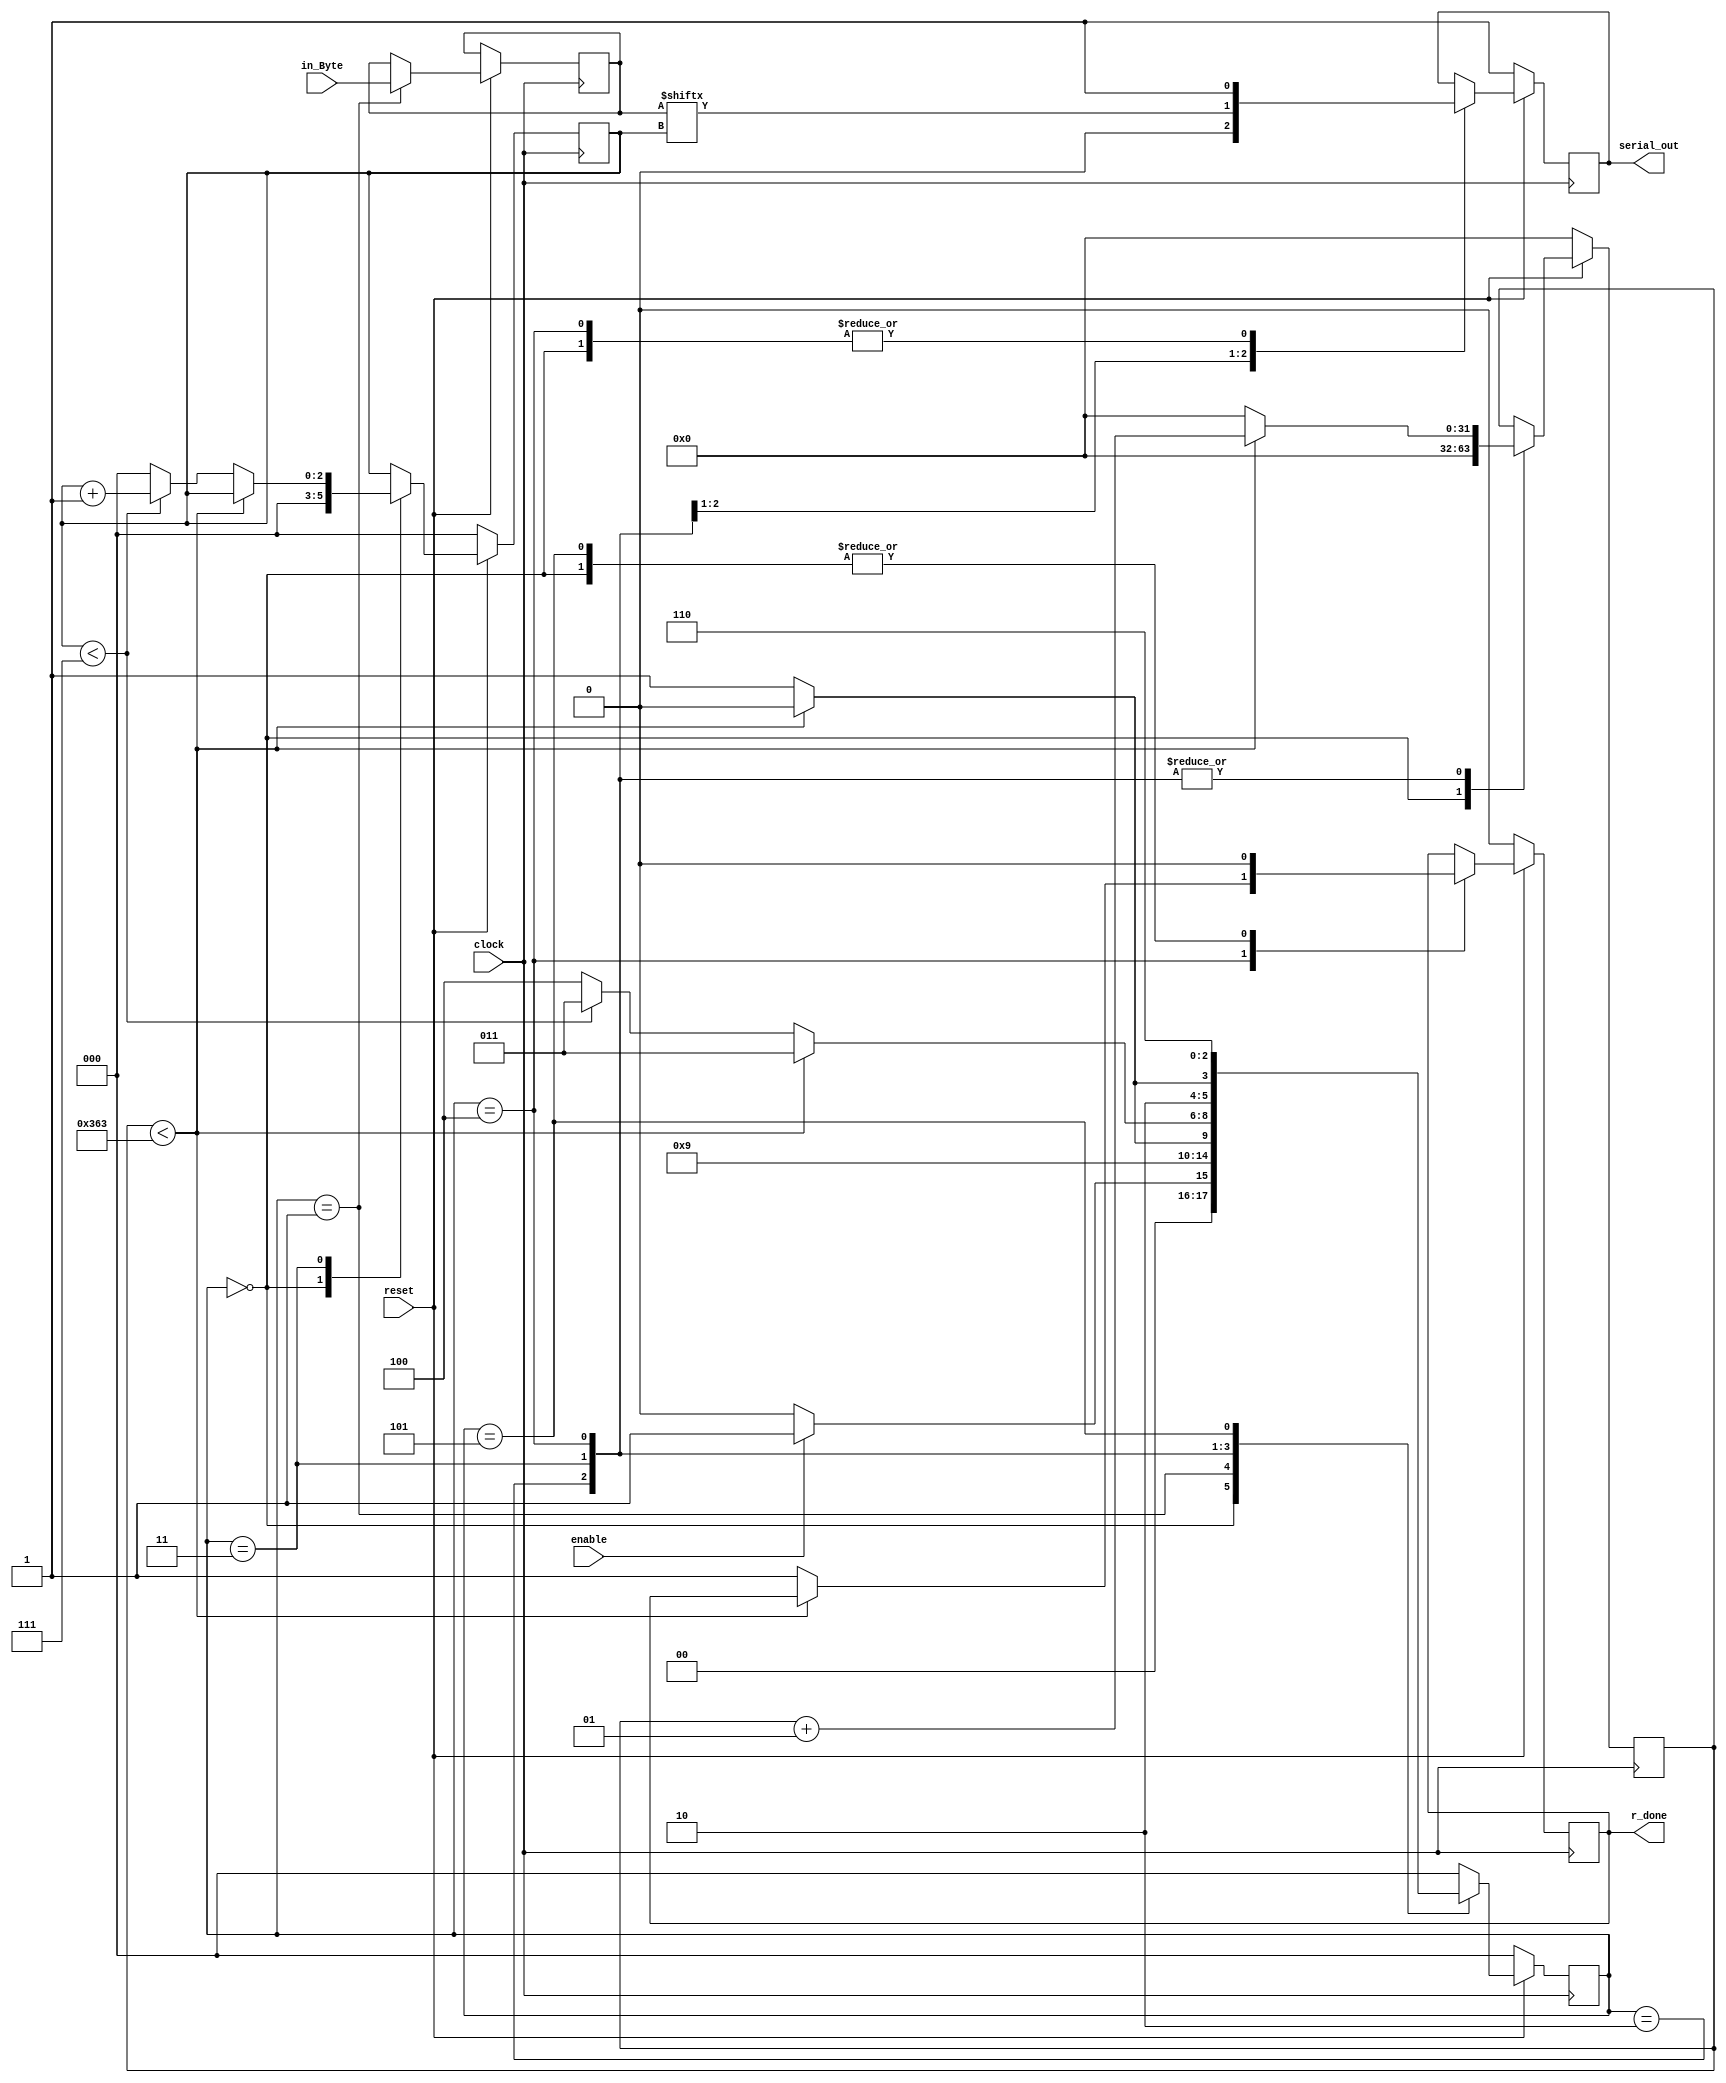
`timescale 1ns / 1ps
//////////////////////////////////////////////////////////////////////////////////
//
// 
// Design Name: 
// Module Name: UART_tx
// Project Name: 
// Target Devices: Basys 3 FPGA
// Tool Versions: 
// Description: Uart Transmitter
// 
// Dependencies: 100 Mhz Clock 5 Mbaud UART
// 
// Revision:
// Revision 0.01 - File Created
// Additional Comments:
// 
// CLKS_PER_BIT = (Clock Frequency/UART buad) in this case 868 clks per bit
// Tis but a state maschine
// drive 32'bz for a byte
//////////////////////////////////////////////////////////////////////////////////


/*module uart_tx
    #(parameter CLKS_PER_BIT = 20)
    (
    input clock, 
    input enable,
    input reset,
    input [7:0] in_Byte,
    output reg r_done,
    output reg serial_out //,
    //for testing
    //output [2:0]o_state, // no longer needed for tesing  
    //output [7:0]o_data
    // output reg o_word_on
    );
    
    // State indication
    parameter s_idle = 3'b000;
    parameter s_enable = 3'b001;
    parameter s_start_bit = 3'b010;
    parameter s_data_bits = 3'b011;
    parameter s_stop_bit = 3'b100;
    parameter s_cleanup = 3'b101;
    parameter s_cleanup2 = 3'b110;


    
    reg [2:0] main_state = 0;
    integer clock_count = 0;
    reg [2:0] bit_index = 0;
    reg [7:0] r_data = 0;
    //reg [31:0] r_word = 0;
    //reg [1:0] r_word_count = 0;
    

    //assign o_state = main_state;
    //assign o_data = r_data;
    
    always @ (posedge clock or negedge reset)
        begin
            if (!reset) begin // active low reset
                main_state <= s_idle;
                serial_out <= 1'b1;
                r_done <= 1'b0;
                clock_count <= 0;
                bit_index <= 0;
            end else begin
                case(main_state) // state transitions
                    s_idle : begin
                        if (enable) begin
                            main_state <= s_enable; 
                            end     
                    end

                    s_enable : begin
                        main_state <= s_start_bit;
                    end

                    s_start_bit : begin
                        if (clock_count > CLKS_PER_BIT-1) begin
                            clock_count <= 0;
                            main_state <= s_data_bits;
                        end
                    end

                    s_data_bits : begin
                        if (bit_index > 6) begin
                            main_state <= s_stop_bit;
                            bit_index <= 0;
                        end    
                    end

                    s_cleanup : begin
                        main_state <= s_cleanup2;
                    end

                    s_cleanup2 : begin
                            main_state <= s_idle;
                        end
                    default : begin
                        main_state <= s_idle;
                    end
                endcase     
                case (main_state) // register assignment
                    s_idle : begin
                        serial_out <= 1'b1;
                        r_done <= 1'b0;
                        clock_count <= 0;
                        bit_index <= 0;
                        end  
                    s_enable : begin
                            r_data <= in_Byte;
                        end
                    s_start_bit : begin
                        serial_out <= 1'b0;
                        // wait CLKS_PER_BIT - 1 clock cycles for start bit to finish
                        clock_count <= clock_count + 1;
                    end

                    s_data_bits : begin
                        serial_out <= r_data[bit_index];
                        if (clock_count < CLKS_PER_BIT-1) begin
                               clock_count <= clock_count + 1; 
                        end else begin
                            clock_count <= 0;
                            // check if all bits are sent
                            if (bit_index < 7) begin
                                bit_index <= bit_index + 1;
                            end 
                        end
                      
                    end // case: s_data_bits
                    
                    s_stop_bit:
                        begin
                            serial_out <= 1'b1;  
                            if (clock_count < CLKS_PER_BIT-1)
                                begin
                                   clock_count <= clock_count + 1;
                                   main_state <= s_stop_bit;
                                end 
                            else
                                begin
                                    r_done = 1'b1;
                                    clock_count <= 0;
                                    main_state <= s_cleanup;
                                end
                        end // case: s_stop_bit
                    // cleanup states in order to wait one cycle with done = 1 and done = 0
                    s_cleanup:
                        begin
                            r_done <= 1'b0;
                        end
                endcase
            end            
        end    
        
    
endmodule*/


module uart_tx
    #(parameter CLKS_PER_BIT = 868)
    (
    input clock, 
    input enable,
    input reset,

    input [7:0] in_Byte,
    output reg r_done,
    output reg serial_out //,
    //for testing
     //output [2:0]o_state,
     //output [7:0]o_data
    // output reg o_word_on
    );
    
    // State indication
    localparam s_idle = 3'b000;
    localparam s_enable = 3'b001;
    localparam s_start_bit = 3'b010;
    localparam s_data_bits = 3'b011;
    localparam s_stop_bit = 3'b100;
    localparam s_cleanup = 3'b101;
    localparam s_cleanup2 = 3'b110;

    
    
    reg [2:0] main_state = 0;
    integer clock_count = 0;
    reg [2:0] bit_index = 0;
    reg [7:0] r_data = 0;
    //reg [31:0] r_word = 0;
    //reg [1:0] r_word_count = 0;
    

    //assign o_state = main_state;
    //assign o_data = r_data;
    
    always @ (posedge clock) begin
        if (!reset) begin // active low reset
            main_state <= s_idle;
            serial_out <= 1'b1;
            r_done <= 1'b0;
            clock_count <= 0;
            bit_index <= 0;
        end else begin
            case (main_state)
                s_idle:
                begin
                    serial_out <= 1'b1;
                    r_done <= 1'b0;
                    clock_count <= 0;
                    bit_index <= 0;
                    
                    if (enable) begin
                        //r_data <= in_Byte; //comment out
                        main_state <= s_enable; 
                        end 
                    else begin
                        main_state <= s_idle;
                        end        
                    end  // case s_idle
                s_enable:
                begin
                        main_state <= s_start_bit;
                        r_data <= in_Byte; // if this line is commented out
                    end
                s_start_bit:
                begin
                serial_out <= 1'b0;
                
                // wait CLKS_PER_BIT - 1 clock cycles for start bit to finish
                if (clock_count < CLKS_PER_BIT-1)
                    begin
                        clock_count <= clock_count + 1;
                        main_state <= s_start_bit;
                    end 
                else
                    begin
                        clock_count <= 0;
                        main_state <= s_data_bits;
                    end
                end // case : s_start_bit
                s_data_bits :
                begin
                    serial_out <= r_data[bit_index];
                    
                    if (clock_count < CLKS_PER_BIT-1)
                        begin
                           clock_count <= clock_count + 1;
                           main_state <= s_data_bits; 
                        end     
                    else
                        begin
                        clock_count <= 0;
                        
                        // check if all bits are sent
                        if (bit_index < 7)
                            begin
                                bit_index <= bit_index + 1;
                                main_state <= s_data_bits;
                            end
                        else
                            begin
                                bit_index <= 0;
                                main_state <= s_stop_bit;
                            end
                  end
                  
                end // case: s_data_bits
                
                s_stop_bit:
                    begin
                        serial_out <= 1'b1;
                        
                        if (clock_count < CLKS_PER_BIT-1)
                            begin
                               clock_count <= clock_count + 1;
                               main_state <= s_stop_bit;
                            end 
                        else
                            begin
                                r_done = 1'b1;
                                clock_count <= 0;
                                main_state <= s_cleanup;
                            end
                    end // case: s_stop_bit
                // cleanup states in order to wait one cycle with done = 1 and done = 0
                s_cleanup:
                    begin
                        r_done <= 1'b0;
                        main_state <= s_cleanup2;
                    end
                s_cleanup2:
                    begin
                        main_state <= s_idle;
                    end
                default :
                    main_state <= s_idle;
            endcase 
        end           
    end    
endmodule